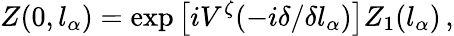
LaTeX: Z(0,l_{\alpha})=\exp\left[iV^{\zeta}(-i\delta/\delta l_{\alpha})\right]Z_{1}(l_{\alpha})\, ,